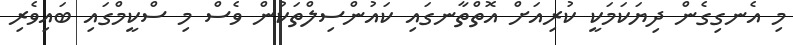
މި އެނގިގެން ދިޔަކަމަކީ ކުރިއަށް އޮތްތާނގައި ކައުންސިލްތަކުން ވެސް މި ސްކީމްގައި ބައިވެރި